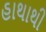
હાથાથી